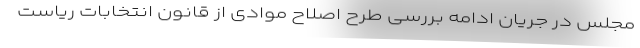
مجلس در جریان ادامه بررسی طرح اصلاح موادی از قانون انتخابات ریاست